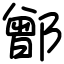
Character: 鄫